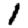
Digit: 1